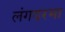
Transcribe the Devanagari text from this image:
लंगदरमा